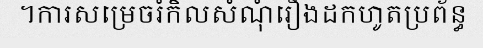
។ការសម្រេចរំកិលសំណុំរឿងដកហូតប្រព័ន្ធ